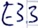
Text: E3.3